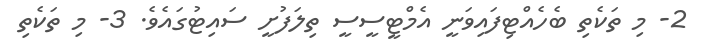
2- މި ތަކެތި ބެހެއްޓިފައިވަނީ އެމްޓީސީސީ ތިލަފުށީ ސައިޓުގައެވެ. 3- މި ތަކެތި